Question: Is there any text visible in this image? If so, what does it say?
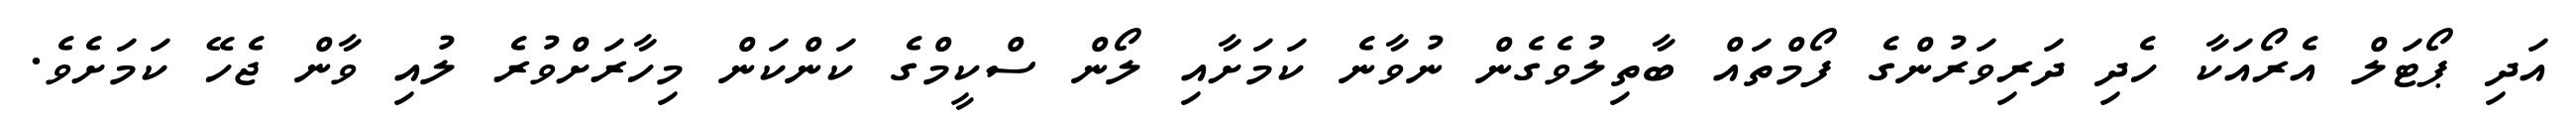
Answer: އަދި ޕޯޓަލް އެރޯއަކާ ހެދި ދަރިވަރުންގެ ފޯމްތައް ބާތިލުވެގެން ނުވާނެ ކަމަށާއި ލޯން ސްކީމްގެ ކަންކަން މިހާރަށްވުރެ ލުއި ވާން ޖެހޭ ކަމަށެވެ.